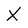
Character: X